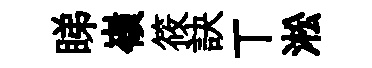
睇嶺筱訣丅淞